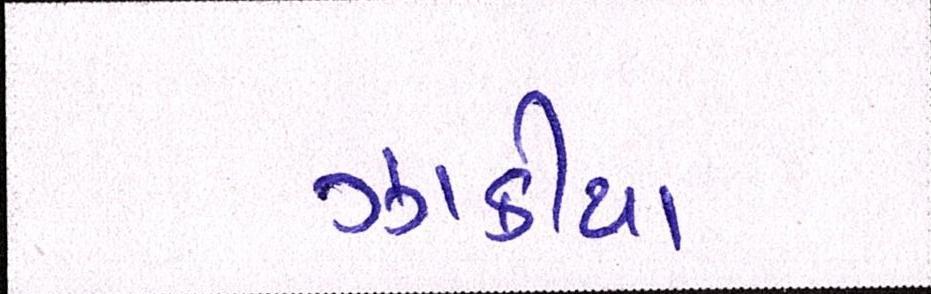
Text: ઝાકીયા